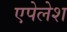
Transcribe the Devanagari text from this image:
एपेलेश